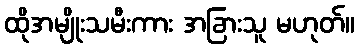
ထိုအမျိုးသမီးကား အခြားသူ မဟုတ်။